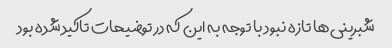
شبرینی‌ها تازه نبود با توجه به این که در توضیحات تاکید شده بود